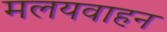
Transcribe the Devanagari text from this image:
मलयवाहन